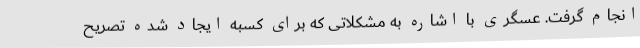
انجام گرفت. عسگری با اشاره به مشکلاتی که برای کسبه ایجاد شده تصریح